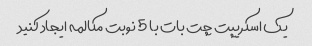
یک اسکریپت چت بات با 5 نوبت مکالمه ایجاد کنید